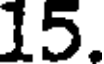
15.